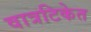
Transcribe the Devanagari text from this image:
वात्रटिकेत